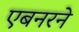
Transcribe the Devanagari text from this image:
एबनरने